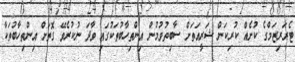
ޓެރަރިޒަމްގެ ކުށެއް ކުރިކަން ޝަރީއަތަށް ސާބިތުވުމުން އިންތިހާބުތަކުގައި ވާދަ ނުކުރެވޭ ގޮތަށް އިންތިހާބުތަކާ